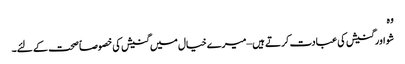
وہ
شو اور گنیش کی عبادت کرتے ہیں – میرے خیال میں گنیش کی خصوصاً صحت کے لئے۔